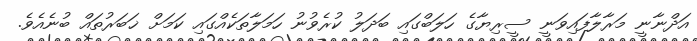
އަދްނާނީ މަރާލާފައިވަނީ ސީރިޔާގެ ހަލަބްގައި ބަދަލު ކުރެވުނު ހަމަލާތަކެއްގައި ކަމަށް ޚަބަރުތައް ބުނެއެވެ.